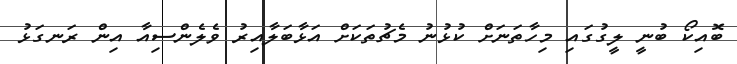
ބޮއިކޯ ބުނީ ލީގުގައި މިހާތަނަށް ކުޅުނު މެޗުތަކަށް އަޅާބަލާއިރު ވެލެންސިއާ އިން ރަނގަޅު